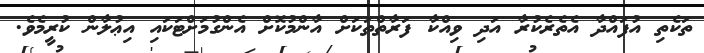
ތަކެތި އުފައްދާ އެތެެރެކުރާ އަދި ވިއްކާ ފަރާތްތަކަށް އާންމުކޮށް އެންގުމަށްޓަކައި އިޢުލާން ކުރީމެވެ.